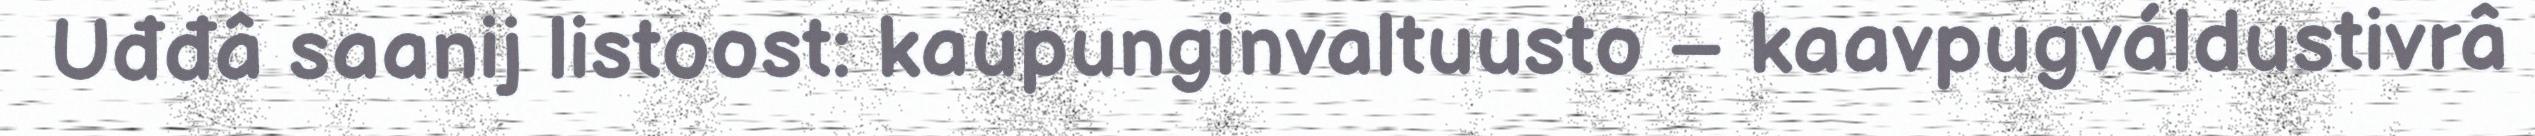
Uđđâ saanij listoost: kaupunginvaltuusto – kaavpugváldustivrâ